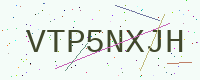
Text: VTP5NXJH